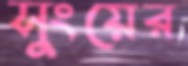
সুংয়ের